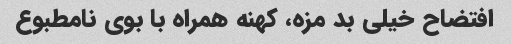
افتضاح خیلی بد مزه، کهنه همراه با بوی نامطبوع